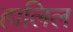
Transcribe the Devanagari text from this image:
हालिल